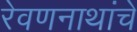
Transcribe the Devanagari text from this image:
रेवणनाथांचे